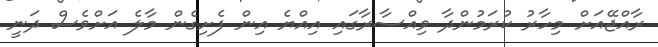
ރާއްޖޭއަށް މިހާރު ކުރަމުންދާ ވިއްސާރާގައި އިއްޔެ އިން ފެށިގެން މާލެ އަށްވެސް ދަނީ